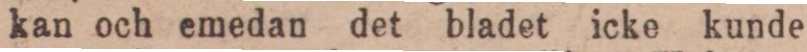
kan och emedan det bladet icke kunde